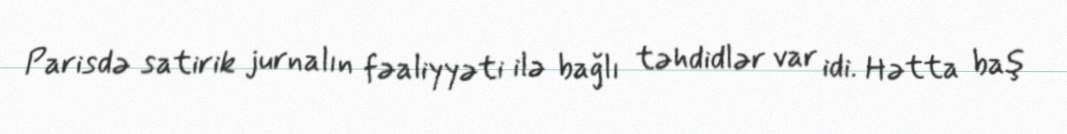
Parisdə satirik jurnalın fəaliyyəti ilə bağlı təhdidlər var idi. Hətta baş